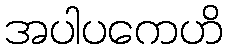
အပါပကေဟိ